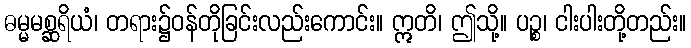
ဓမ္မမစ္ဆရိယံ၊ တရား၌ဝန်တိုခြင်းလည်းကောင်း။ ဣတိ၊ ဤသို့။ ပဉ္စ၊ ငါးပါးတို့တည်း။